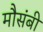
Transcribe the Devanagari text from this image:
मौसंबी